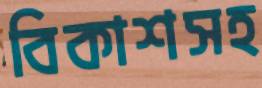
বিকাশসহ